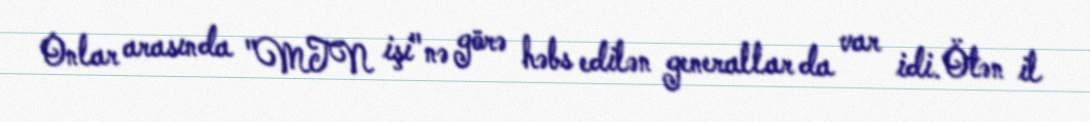
Onlar arasında "MTN işi"nə görə həbs edilən generallar da var idi. Ötən il